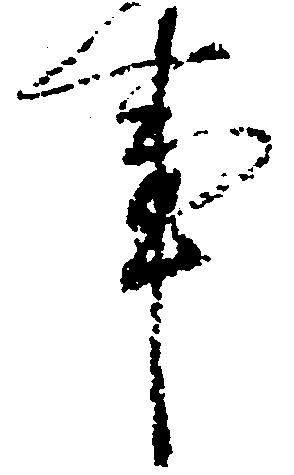
事